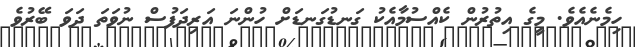
ހިމެނެއެވެ. މީގެ އިތުރުން ކެއްސުމާއެކު ގަނޑުގަނޑަށް ހުންނަ އަރިދަފުސް ނުވަތަ ދަވަ ބޭރުވެ